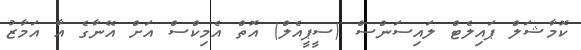
ކޮމާޝަލް ޕައިލެޓް ލައިސަންސް (ސީޕީއެލް) އޮތް އެމިކްސް އަށް އޭނާގެ އާ އަމާޒު